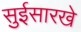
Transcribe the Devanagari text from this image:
सुईसारखे